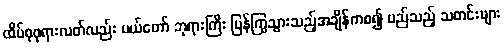
ထိပ်စုဖုရားလတ်လည်း မယ်တော် ဘုရားကြီး ပြန်ကြွသွားသည့်အချိန်ကစ၍ မည်သည့် သတင်းများ